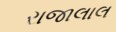
રાજાલાલ